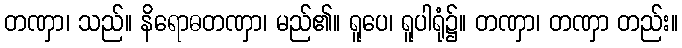
တဏှာ၊ သည်။ နိရောဓတဏှာ၊ မည်၏။ ရူပေ၊ ရူပါရုံ၌။ တဏှာ၊ တဏှာ တည်း။